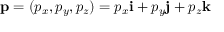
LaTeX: \mathbf { p } = ( p _ { x } , p _ { y } , p _ { z } ) = p _ { x } \mathbf { i } + p _ { y } \mathbf { j } + p _ { z } \mathbf { k }